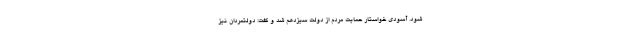
شود. آسودی خواستار حمایت مردم از دولت سیزدهم شد و گفت: دولتمردان نیز